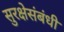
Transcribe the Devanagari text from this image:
सुरक्षेसंबंधी